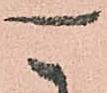
可